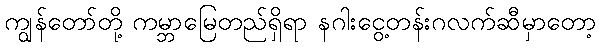
ကျွန်တော်တို့ ကမ္ဘာမြေတည်ရှိရာ နဂါးငွေ့တန်းဂလက်ဆီမှာတော့